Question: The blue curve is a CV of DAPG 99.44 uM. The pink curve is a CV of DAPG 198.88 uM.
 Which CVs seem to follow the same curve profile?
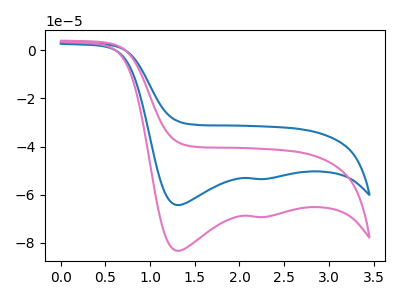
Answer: <think>The blue curve "DAPG 99.44 uM" has cathodic peaks at (1.30V, -64.30uA) (2.30V, -53.45uA). The pink curve "DAPG 198.88 uM" has cathodic peaks at (1.30V, -83.25uA) (2.30V, -69.25uA).
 All the peaks in "DAPG 99.44 uM" have a peak in "DAPG 198.88 uM" at the same potential. Every peak in "DAPG 99.44 uM" is lower than every peak in "DAPG 198.88 uM".</think>
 <answer>"DAPG 198.88 uM" and "DAPG 99.44 uM" have the same shape and are likely CV's of the same chemical.</answer>
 <eval>"DAPG 198.88 uM" "DAPG 99.44 uM"</eval>